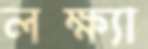
লক্ষ্যা